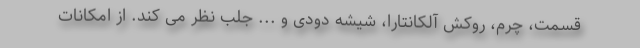
قسمت، چرم، روکش آلکانتارا، شیشه دودی و ... جلب نظر می کند. از امکانات